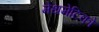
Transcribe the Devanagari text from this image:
मेथमेटिको